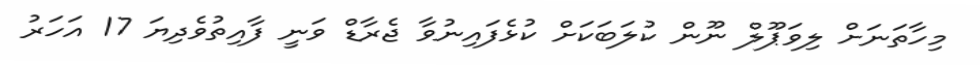
މިހާތަނަށް ލިވަޕޫލް ނޫން ކުލަބަކަށް ކުޅެފައިނުވާ ޖެރާޑް ވަނީ ފާއިތުވެދިޔަ 17 އަހަރު